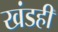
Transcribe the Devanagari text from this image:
खंडही